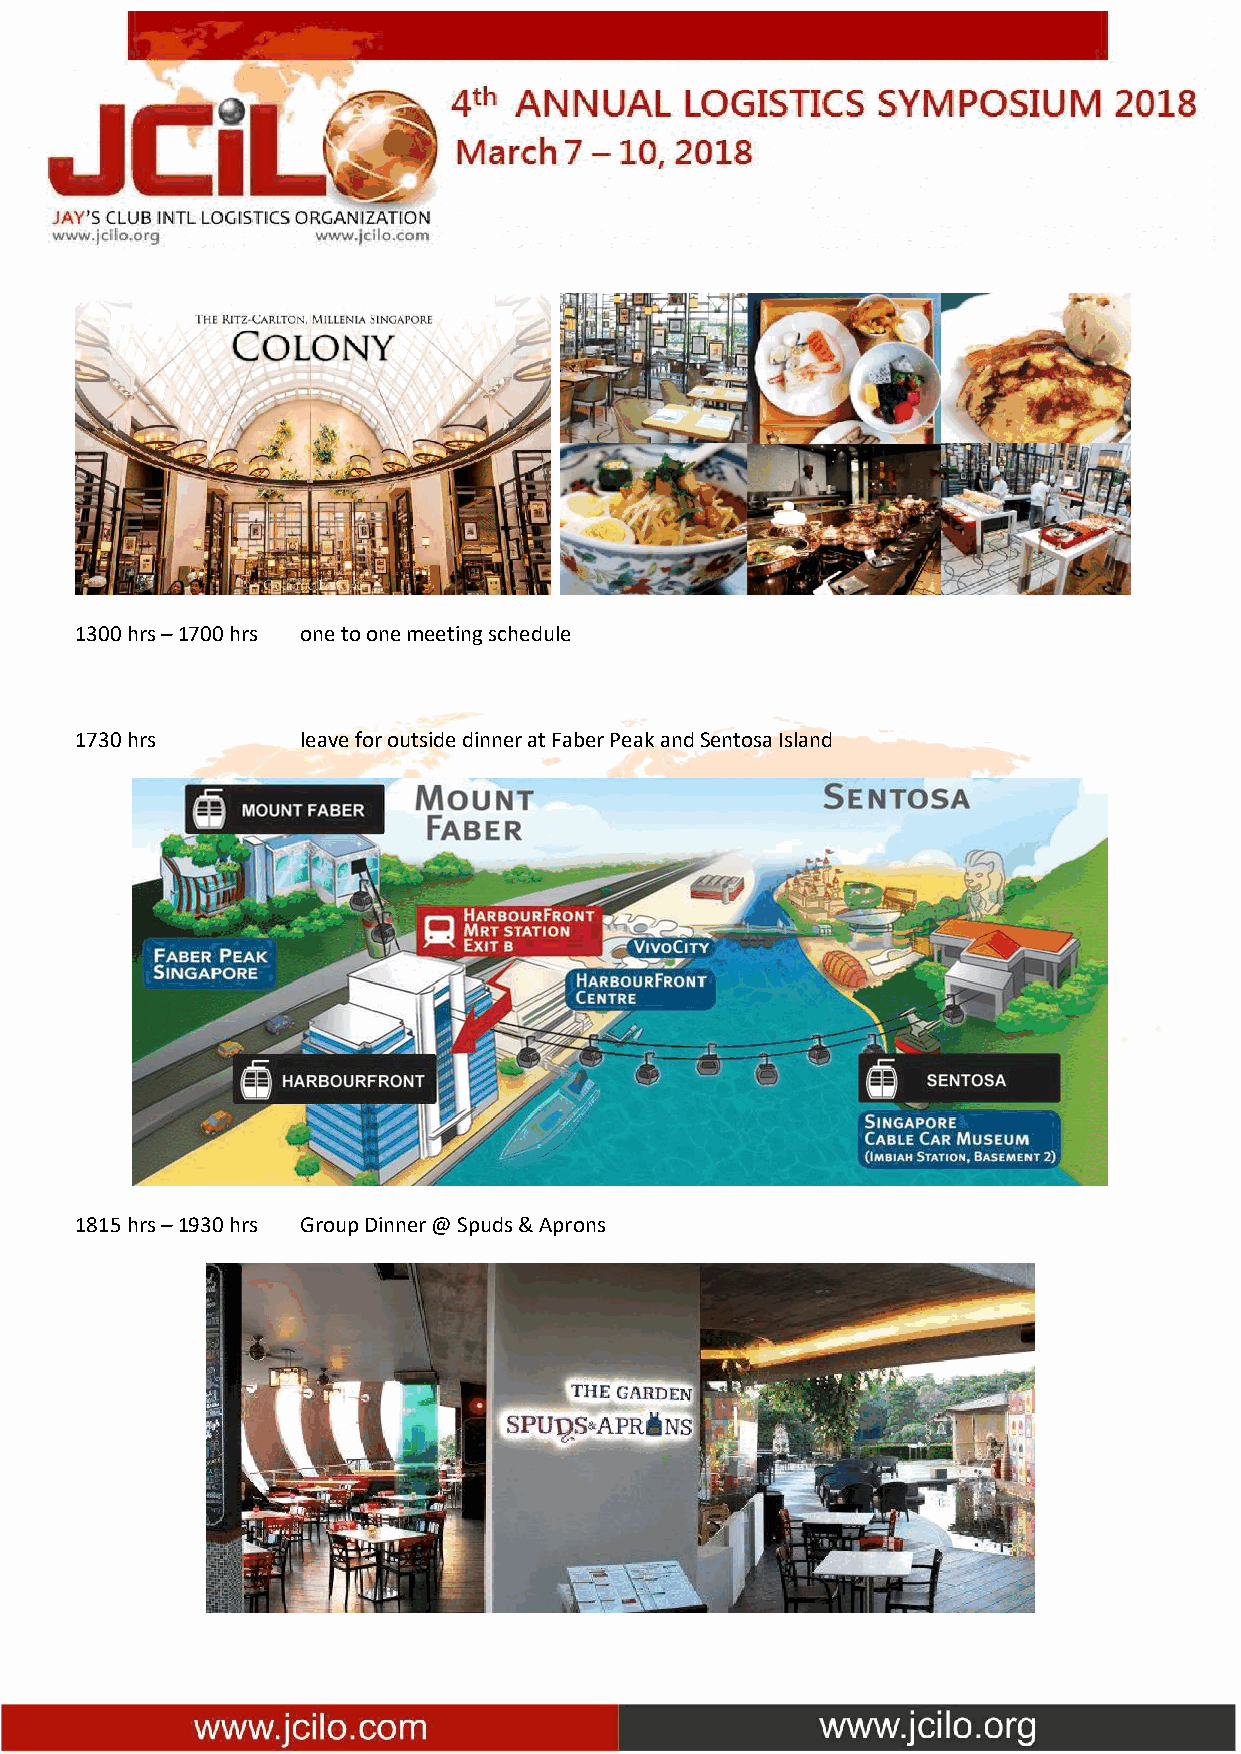
1300 hrs – 1700 hrs one to one meeting schedule
 1730 hrs       leave for outside dinner at Faber Peak and Sentosa Island
 1815 hrs – 1930 hrs Group Dinner @ Spuds & Aprons